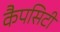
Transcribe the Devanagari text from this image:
कैपसिटी